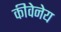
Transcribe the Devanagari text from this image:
कीवेनेय